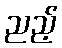
ညည့်